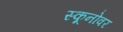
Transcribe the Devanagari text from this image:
स्कूनोवर